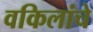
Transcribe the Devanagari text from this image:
वकिलांचे